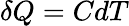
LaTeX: \delta Q=CdT